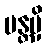
ပန္တမှိ